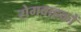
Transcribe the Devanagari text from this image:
रोगवाहकों